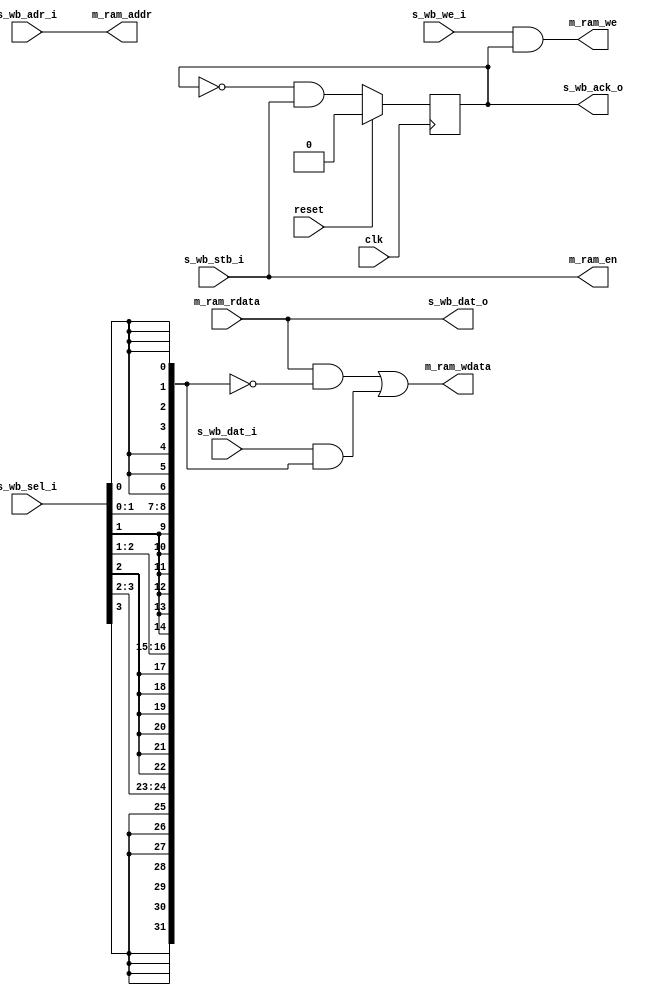
// This program was cloned from: https://github.com/ryuz/jelly
// License: MIT License

// ---------------------------------------------------------------------------
//  Jelly  -- The platform for real-time computing
//
//                                 Copyright (C) 2008-2015 by Ryuz
//                                 https://github.com/ryuz/jelly.git
// ---------------------------------------------------------------------------



`timescale 1ns / 1ps
`default_nettype none



module jelly_wishbone_to_ram
        #(
            parameter   WB_ADR_WIDTH  = 12,
            parameter   WB_DAT_WIDTH  = 32,
            parameter   WB_SEL_WIDTH  = (WB_DAT_WIDTH / 8)
        )
        (
            input   wire                        reset,
            input   wire                        clk,
            
            // wishbone
            input   wire    [WB_ADR_WIDTH-1:0]  s_wb_adr_i,
            output  wire    [WB_DAT_WIDTH-1:0]  s_wb_dat_o,
            input   wire    [WB_DAT_WIDTH-1:0]  s_wb_dat_i,
            input   wire                        s_wb_we_i,
            input   wire    [WB_SEL_WIDTH-1:0]  s_wb_sel_i,
            input   wire                        s_wb_stb_i,
            output  wire                        s_wb_ack_o,
            
            // ram
            output  wire                        m_ram_en,
            output  wire                        m_ram_we,
            output  wire    [WB_ADR_WIDTH-1:0]  m_ram_addr,
            output  wire    [WB_DAT_WIDTH-1:0]  m_ram_wdata,
            input   wire    [WB_DAT_WIDTH-1:0]  m_ram_rdata
        );
    
    
    // write mask
    function [WB_DAT_WIDTH-1:0] make_write_mask;
    input   [WB_SEL_WIDTH-1:0]  sel;
    integer                 i, j;
    begin
        for ( i = 0; i < WB_SEL_WIDTH; i = i + 1 ) begin
            for ( j = 0; j < 8; j = j + 1 ) begin
                make_write_mask[i*8 + j] = sel[i];
            end
        end
    end
    endfunction
    
    wire    [WB_DAT_WIDTH-1:0]  write_mask;
    assign write_mask = make_write_mask(s_wb_sel_i);
    
    reg         reg_ack;
    always @( posedge clk ) begin
        if ( reset ) begin
            reg_ack <= 1'b0;
        end
        else begin
            reg_ack <= !reg_ack & s_wb_stb_i;
        end
    end
    
    assign s_wb_dat_o  = m_ram_rdata;
    assign s_wb_ack_o  = reg_ack;
    
    assign m_ram_en    = s_wb_stb_i;
    assign m_ram_we    = s_wb_we_i & reg_ack;
    assign m_ram_addr  = s_wb_adr_i;
    assign m_ram_wdata = (m_ram_rdata & ~write_mask) | (s_wb_dat_i & write_mask);
    
    
endmodule



`default_nettype wire


// end of file